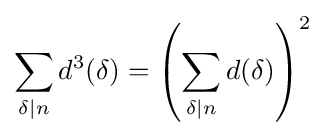
\sum _{\delta \mid n}d^{3}(\delta )=\left(\sum _{\delta \mid n}d(\delta )\right)^{2}